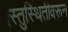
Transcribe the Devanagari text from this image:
वस्तुस्थितीवरून